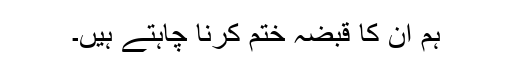
ہم ان کا قبضہ ختم کرنا چاہتے ہیں۔